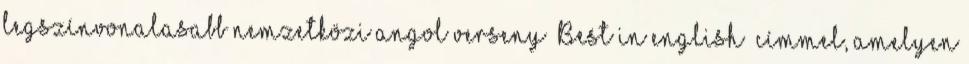
legszínvonalasabb nemzetközi angol verseny „Best in english” címmel, amelyen